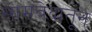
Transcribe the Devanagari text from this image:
सामवेदातून